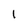
Character: 1